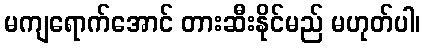
မကျရောက်အောင် တားဆီးနိုင်မည် မဟုတ်ပါ၊